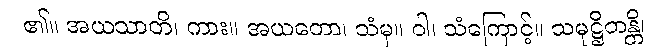
၏။ အယသာတိ၊ ကား။ အယတော၊ သံမှ။ ဝါ၊ သံကြောင့်။ သမုဋ္ဌိတန္တိ၊